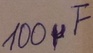
Text: 100µF